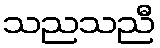
သညသညီ